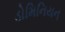
ડોમિનિયન